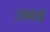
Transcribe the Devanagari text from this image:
रखवायी